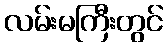
လမ်းမကြီးတွင်